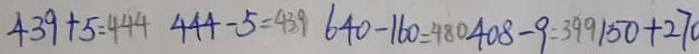
4 3 9 + 5 = 4 4 4 4 4 4 - 5 = 4 3 9 6 4 0 - 1 6 0 = 4 8 0 4 0 8 - 9 = 3 9 9 1 5 0 + 2 7 0